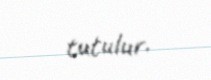
tutulur.